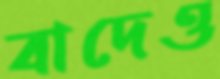
বাদেও